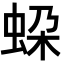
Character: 𧊱